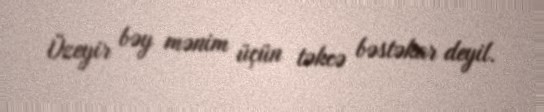
Üzeyir bəy mənim üçün təkcə bəstəkar deyil.